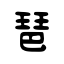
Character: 琶